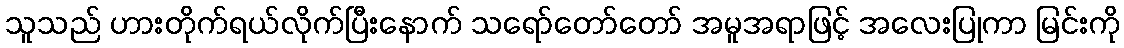
သူသည် ဟားတိုက်ရယ်လိုက်ပြီးနောက် သရော်တော်တော် အမူအရာဖြင့် အလေးပြုကာ မြင်းကို